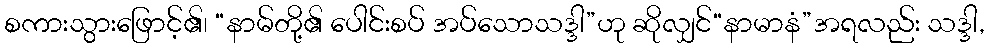
စကားသွားဖြောင့်၏၊ “နာမ်တို့၏ ပေါင်းစပ် အပ်သောသဒ္ဒါ”ဟု ဆိုလျှင်“နာမာနံ”အရလည်း သဒ္ဒါ,